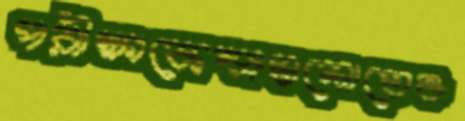
পরীক্ষাকেন্দ্রগুলোতেও